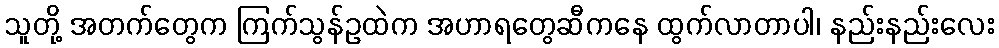
သူတို့ အတက်တွေက ကြက်သွန်ဥထဲက အဟာရတွေဆီကနေ ထွက်လာတာပါ၊ နည်းနည်းလေး